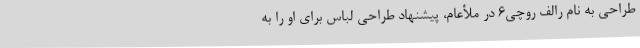
طراحی به نام رالف روچی۶ در ملأعام، پیشنهاد طراحی لباس برای او را به